画像に写った文字を読んでください
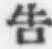
「吿」と書いてあります